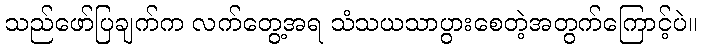
သည်ဖော်ပြချက်က လက်တွေ့အရ သံသယသာပွားစေတဲ့အတွက်ကြောင့်ပဲ။